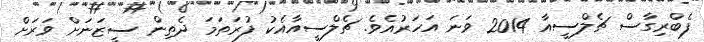
ފެބްރިގާސް ޗެލްސީއާ 2014 ވަނަ އަހަރުއެވެ. ޗެލްސީއާއެކު ފުރަތަމަ ދެތިން ސީޒަނަށް ވަރަށް